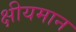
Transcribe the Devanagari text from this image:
क्षीयमान